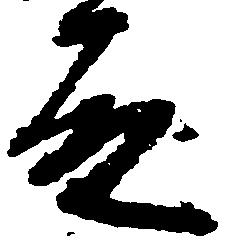
殿